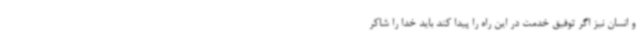
و انسان نیز اگر توفیق خدمت در این راه را پیدا کند باید خدا را شاکر